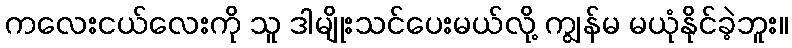
ကလေးငယ်လေးကို သူ ဒါမျိုးသင်ပေးမယ်လို့ ကျွန်မ မယုံနိုင်ခဲ့ဘူး။